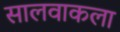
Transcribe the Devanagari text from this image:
सालवाकला